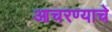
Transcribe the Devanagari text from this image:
आचरण्याचे